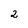
Character: 2